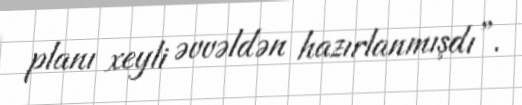
planı xeyli əvvəldən hazırlanmışdı”.